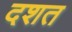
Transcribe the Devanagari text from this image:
दशत